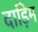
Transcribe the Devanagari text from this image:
दाड़िम